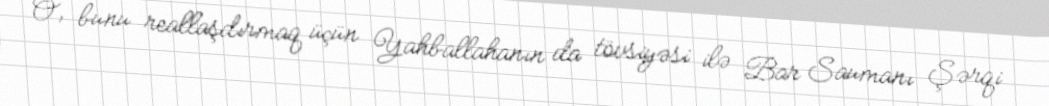
O, bunu reallaşdırmaq üçün Yahballahanın da tövsiyəsi ilə Bar Saumanı Şərqi